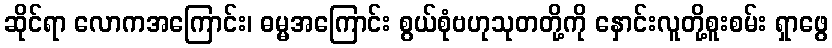
ဆိုင်ရာ လောကအကြောင်း၊ ဓမ္မအကြောင်း စွယ်စုံဗဟုသုတတို့ကို နှောင်းလူတို့စူးစမ်း ရှာဖွေ